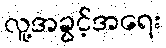
လူ့အခွင့်အရေး